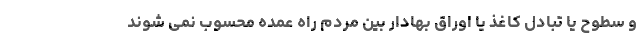
و سطوح یا تبادل کاغذ یا اوراق بهادار بین مردم راه عمده محسوب نمی شوند